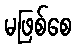
မဖြစ်စေ